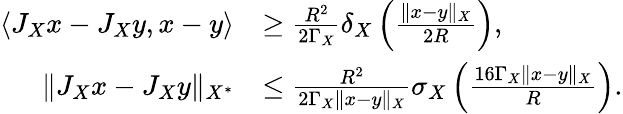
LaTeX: \begin{array}{rl}{\langle J_{X}x-J_{X}y,x-y\rangle}&{\geq\frac{R^{2}}{2\Gamma_{X}}\delta_{X}\left(\frac{\| x-y\| _{X}}{2R}\right),}\\ {\| J_{X}x-J_{X}y\| _{X^{*}}}&{\leq\frac{R^{2}}{2\Gamma_{X}\| x-y\| _{X}}\sigma_{X}\left(\frac{16\Gamma_{X}\| x-y\| _{X}}{R}\right).}\end{array}